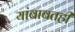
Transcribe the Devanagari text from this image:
यांबाबतही